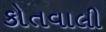
કોતવાલી